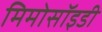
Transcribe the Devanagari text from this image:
मिमोसॉइडी